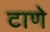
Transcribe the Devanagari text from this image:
टाणे